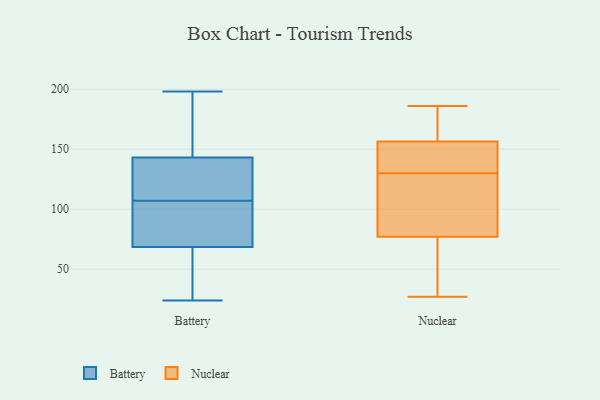
{"axis": {"x": "Humidity (%)", "y": "Value"}, "legend": ["Battery", "Nuclear"], "data": [{"x": "", "y": 128, "type": "Battery"}, {"x": "", "y": 179, "type": "Battery"}, {"x": "", "y": 158, "type": "Battery"}, {"x": "", "y": 75, "type": "Battery"}, {"x": "", "y": 24, "type": "Battery"}, {"x": "", "y": 113, "type": "Battery"}, {"x": "", "y": 62, "type": "Battery"}, {"x": "", "y": 124, "type": "Battery"}, {"x": "", "y": 80, "type": "Battery"}, {"x": "", "y": 35, "type": "Battery"}, {"x": "", "y": 43, "type": "Battery"}, {"x": "", "y": 106, "type": "Battery"}, {"x": "", "y": 198, "type": "Battery"}, {"x": "", "y": 108, "type": "Battery"}, {"x": "", "y": 85, "type": "Battery"}, {"x": "", "y": 162, "type": "Battery"}, {"x": "", "y": 130, "type": "Nuclear"}, {"x": "", "y": 164, "type": "Nuclear"}, {"x": "", "y": 91, "type": "Nuclear"}, {"x": "", "y": 77, "type": "Nuclear"}, {"x": "", "y": 50, "type": "Nuclear"}, {"x": "", "y": 156, "type": "Nuclear"}, {"x": "", "y": 27, "type": "Nuclear"}, {"x": "", "y": 158, "type": "Nuclear"}, {"x": "", "y": 186, "type": "Nuclear"}, {"x": "", "y": 77, "type": "Nuclear"}, {"x": "", "y": 149, "type": "Nuclear"}, {"x": "", "y": 128, "type": "Nuclear"}, {"x": "", "y": 131, "type": "Nuclear"}]}